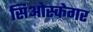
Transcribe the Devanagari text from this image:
सिओस्केगर